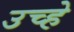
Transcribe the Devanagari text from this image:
उच्हे